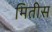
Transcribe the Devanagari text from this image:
मितीस